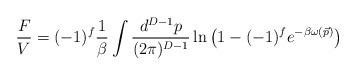
LaTeX: \begin{align*}\frac{F}{V}= (-1)^f\frac{1}{\beta}\int \frac{ d^{D-1}p}{(2\pi)^{D-1}} \ln\left( 1-(-1)^f e^{-\beta\omega(\vec p)}\right)\end{align*}